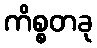
ကိစ္စတခု